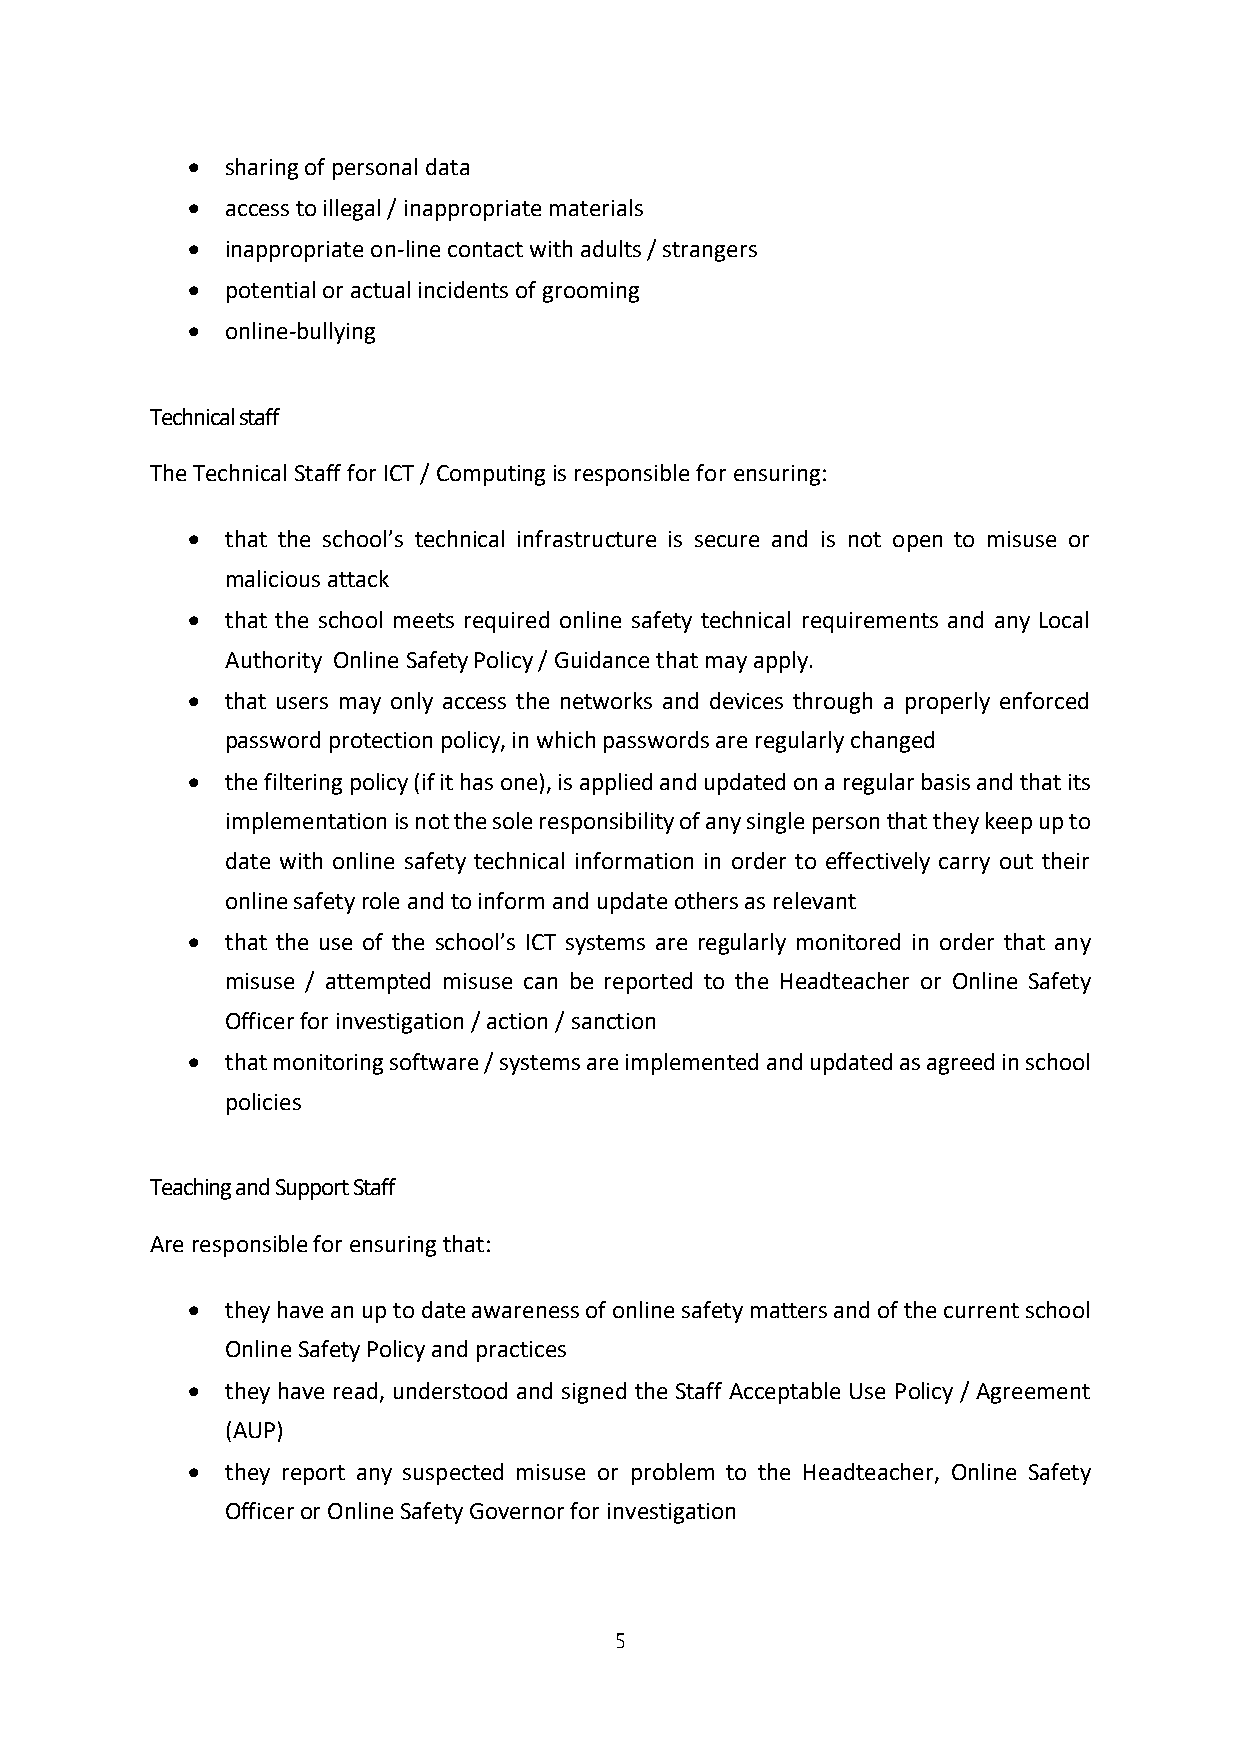
  sharing of personal data
   access to illegal / inappropriate materials
   inappropriate on-line contact with adults / strangers
   potential or actual incidents of grooming
   online-bullying
 Technical staff
 The Technical Staff for ICT / Computing is responsible for ensuring:
   that the school’s technical infrastructure is secure and is not open to misuse or
 malicious attack
   that the school meets required online safety technical requirements and any Local
 Authority Online Safety Policy / Guidance that may apply.
   that users may only access the networks and devices through a properly enforced
 password protection policy, in which passwords are regularly changed
   the filtering policy (if it has one), is applied and updated on a regular basis and that its
 implementation is not the sole responsibility of any single person that they keep up to
 date with online safety technical information in order to effectively carry out their
 online safety role and to inform and update others as relevant
   that the use of the school’s ICT systems are regularly monitored in order that any
 misuse / attempted misuse can be reported to the Headteacher or Online Safety
 Officer for investigation / action / sanction
   that monitoring software / systems are implemented and updated as agreed in school
 policies
 Teaching and Support Staff
 Are responsible for ensuring that:
   they have an up to date awareness of online safety matters and of the current school
 Online Safety Policy and practices
   they have read, understood and signed the Staff Acceptable Use Policy / Agreement
 (AUP)
   they report any suspected misuse or problem to the Headteacher, Online Safety
 Officer or Online Safety Governor for investigation
 5